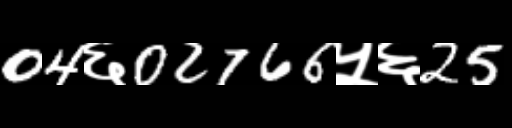
Text: 04६02766५६25